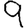
Digit: 9